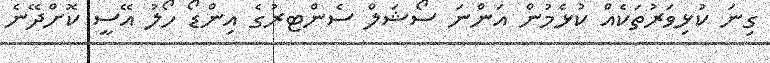
ގިނަ ކުޅިވަރުތަކެއް ކުޅެމުން އަންނަ ސޯޝަލް ސެންޓރުގެ އިންޑޯ ހޯލު އޭސީ ކޮށްދޭނެ